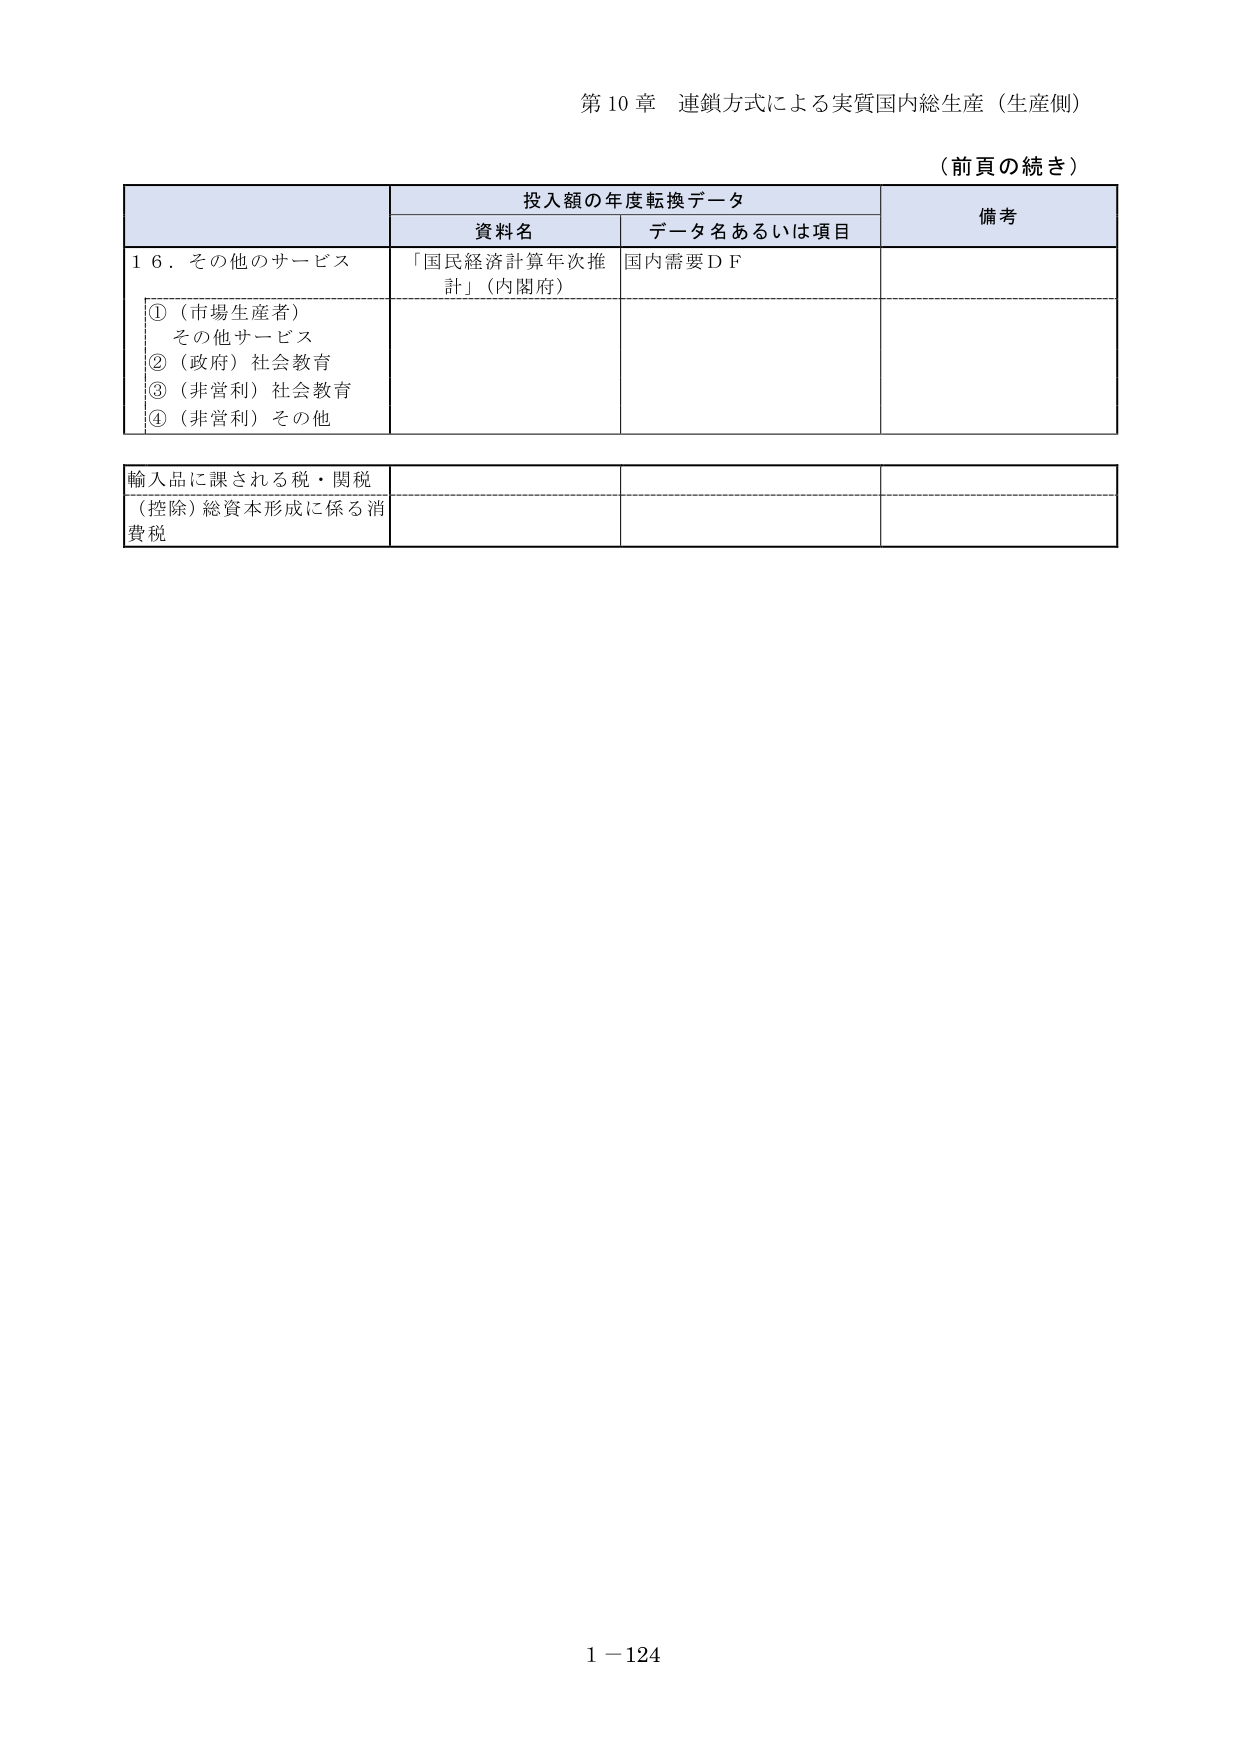
第10章 連鎖方式による実質国内総生産（生産側）

（前頁の続き）

投入額の年度転換データ

資料名 データ名あるいは項目 備考

16．その他のサービス 「国民経済計算年次推計」（内閣府） 国内需要ＤＦ

①（市場生産者） その他サービス

②（政府）社会教育

③（非営利）社会教育

④（非営利）その他

輸入品に課される税・関税

（控除）総資本形成に係る消費税

1－124